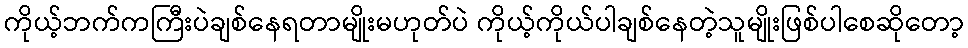
ကိုယ့်ဘက်ကကြီးပဲချစ်နေရတာမျိုးမဟုတ်ပဲ ကိုယ့်ကိုယ်ပါချစ်နေတဲ့သူမျိုးဖြစ်ပါစေဆိုတော့